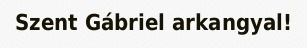
Szent Gábriel arkangyal!